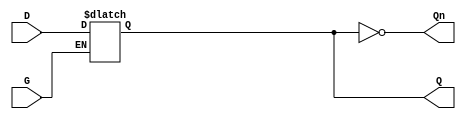
module async_gated_latch (
    input wire D,  // Data input
    input wire G,  // Gate input
    output reg Q,  // Output
    output wire Qn // Inverted output
);

// Inverted output
assign Qn = ~Q;

// Always block to implement the gated latch functionality
always @(*) begin
    if (G) begin
        Q = D;  // Capture D when G is high
    end
    // If G is low, Q retains its previous value
end

endmodule